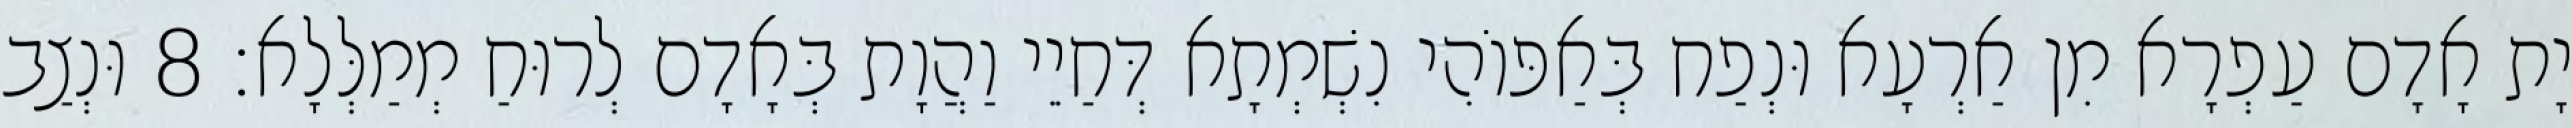
יָת אָדָם עַפְרָא מִן אַרְעָא וּנְפַח בְּאַפּוֹהִי נִשְׁמְתָא דְּחַיֵי וַהֲוָת בְּאָדָם לְרוּחַ מְמַלְּלָא׃ 8 וּנְצַב